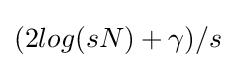
(2log(sN)+\gamma )/s